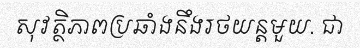
សុវត្ថិភាពប្រឆាំងនឹងរថយន្តមួយ. ជា